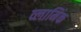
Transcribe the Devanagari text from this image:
व्लामिंक